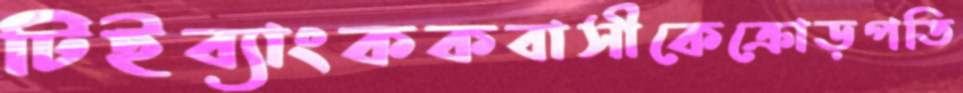
টিইব্যাংককবাসীকেক্রোড়পতি